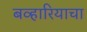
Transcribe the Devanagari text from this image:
बव्हारियाचा